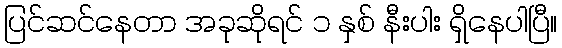
ပြင်ဆင်နေတာ အခုဆိုရင် ၁ နှစ် နီးပါး ရှိနေပါပြီ။